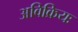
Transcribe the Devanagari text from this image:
अविक्रियः